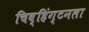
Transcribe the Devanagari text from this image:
चिव्हिंग्टनला